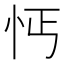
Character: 𢗙